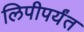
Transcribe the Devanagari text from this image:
लिपीपर्यंत